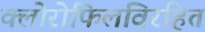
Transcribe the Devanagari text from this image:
क्लोरोफिलविरहित